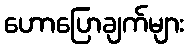
ဟောပြောချက်များ